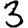
Digit: 3